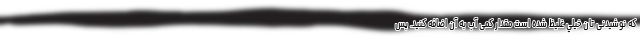
که نوشیدنی تان خيلي غلیظ شده است مقدار کمی آب به آن اضافه کنید. پس